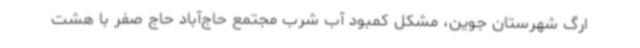
ارگ شهرستان جوین، مشکل کمبود آب شرب مجتمع حاج‌آباد حاج صفر با هشت